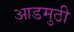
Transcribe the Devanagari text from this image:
आडमुठी